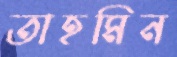
তাহমিন